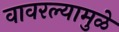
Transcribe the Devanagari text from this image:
वावरल्यामुळे